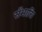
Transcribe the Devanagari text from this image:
सँभारि।